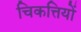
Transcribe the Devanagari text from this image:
चिकत्तियों